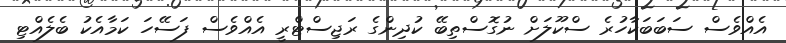
އެއްވެސް ސަބަބަކާހުރެ ސްކޫލަށް ނުގޮސްތިބޭ ކުދިންގެ ރަޖިސްޓްރީ އެއްވެސް ފަސޭހަ ކަމާއެކު ބެލެއްޓި